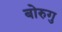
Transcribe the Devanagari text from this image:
बोरुगु